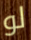
لو